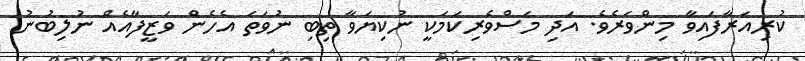
ކުރިއަރާފައިވާ މިންވަރެވެ. އަދި މަސްވެރިކަމަކީ ނުކިޔަވާ ތިބި ނުވަތަ އެހެން ވަޒީފާއެއް ނުލިބުނު